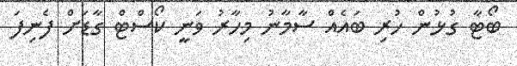
ބޯޓާ ގުޅުން ހުރި ބައެއް ސާމާނު މިހާރު ވަނީ ކޯސްޓް ގާޑަށް ފެނިފަ